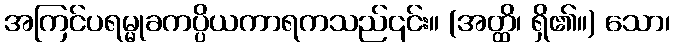
အကြင်ပရမ္မုခကပ္ပိယကာရကသည်၎င်း။ (အတ္ထိ၊ ရှိ၏။) သော၊